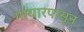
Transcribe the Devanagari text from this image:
गांधारपासून